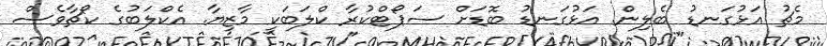
މެޗު އަޅުގަނޑު ބެލިން. އަޅުގަނޑު ބޮޑަށް ސަޕޯޓްކުރާ ކްލަބަކީ މާޒިޔާ. އެކްލަބުގެ ކޯޗާވެސް